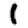
Digit: 1